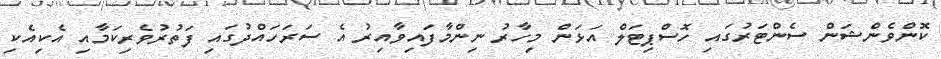
ކޮންވެންޝަން ސެންޓަރުގައި ހޮސްޕިޓަލް އަޅަން މިހާރު ނިންމާފައިވާއިރު އެ ސަރަހައްދުގައި ފަތުރުވެރިކަމާއި އެކިއެކި